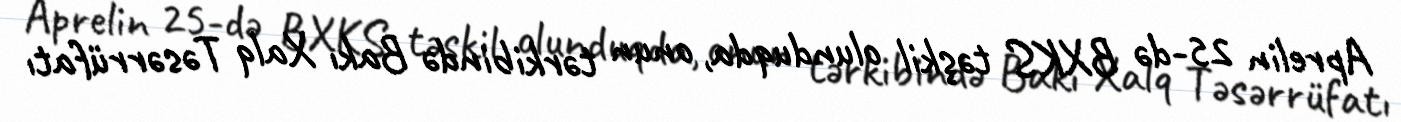
Aprelin 25-də BXKS təşkil olunduqda, onun tərkibində Bakı Xalq Təsərrüfatı